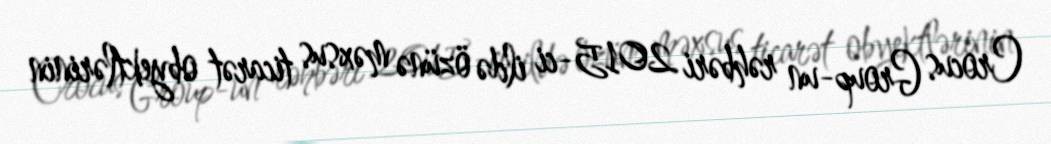
Crocus Group-un rəhbəri 2015-ci ildə özünə məxsus ticarət obyektlərinin